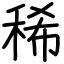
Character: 稀